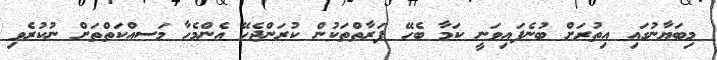
މިބަޔާނުގައި އިތުރަށް ބުނެފައިވަނީ ކަމާ ބެހޭ ފަރާތްތަކުން ކުރަންޖެހޭ އެންމެހާ މަސއްކަތްތަށް ނުކުރެވި